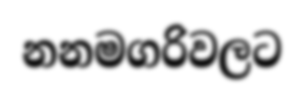
නනමගරිවලට